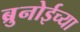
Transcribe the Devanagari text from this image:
ब्रुनोईच्या